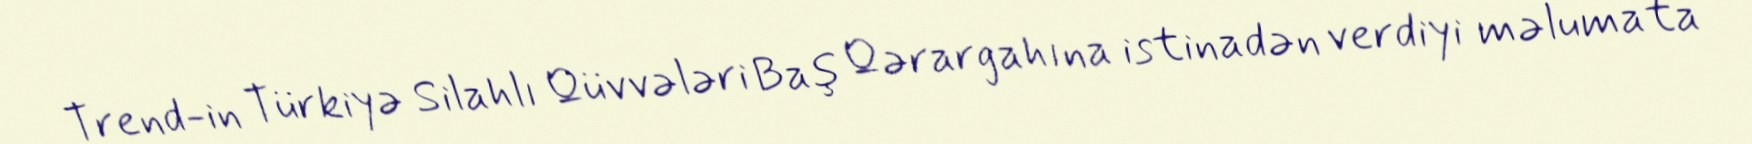
Trend-in Türkiyə Silahlı Qüvvələri Baş Qərargahına istinadən verdiyi məlumata